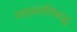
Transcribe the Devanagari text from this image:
सदस्याविरुद्ध